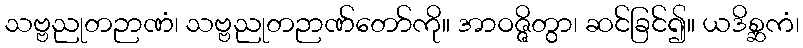
သဗ္ဗညုတဉာဏံ၊ သဗ္ဗညုတဉာဏ်တော်ကို။ အာဝဇ္ဇိတွာ၊ ဆင်ခြင်၍။ ယဒိစ္ဆကံ၊